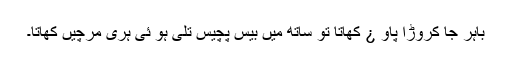
باہر جا کروڑا پاو ¿ کھاتا تو ساتھ میں بیس پچیس تلی ہو ئی ہری مرچیں کھاتا۔